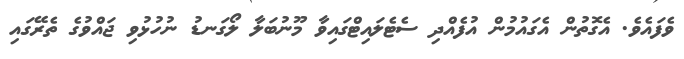
ވެފައެވެ. އެގޮތުން އެގައުމުން އުފެއްދި ސެޓެލައިޓްގައިވާ މޫނުބަލާ ލޯގަނޑު ނުހުޅުވި ޖައްވުގެ ތެރޭގައި